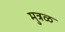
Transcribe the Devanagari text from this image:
मुत्रळ